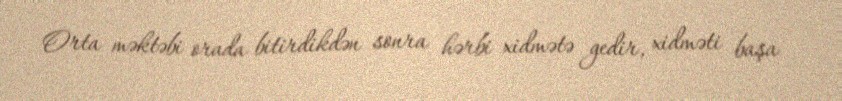
Orta məktəbi orada bitirdikdən sonra hərbi xidmətə gedir, xidməti başa